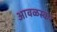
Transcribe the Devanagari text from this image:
आवळस्कर